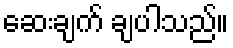
ဆေးချက် ချပါသည်။